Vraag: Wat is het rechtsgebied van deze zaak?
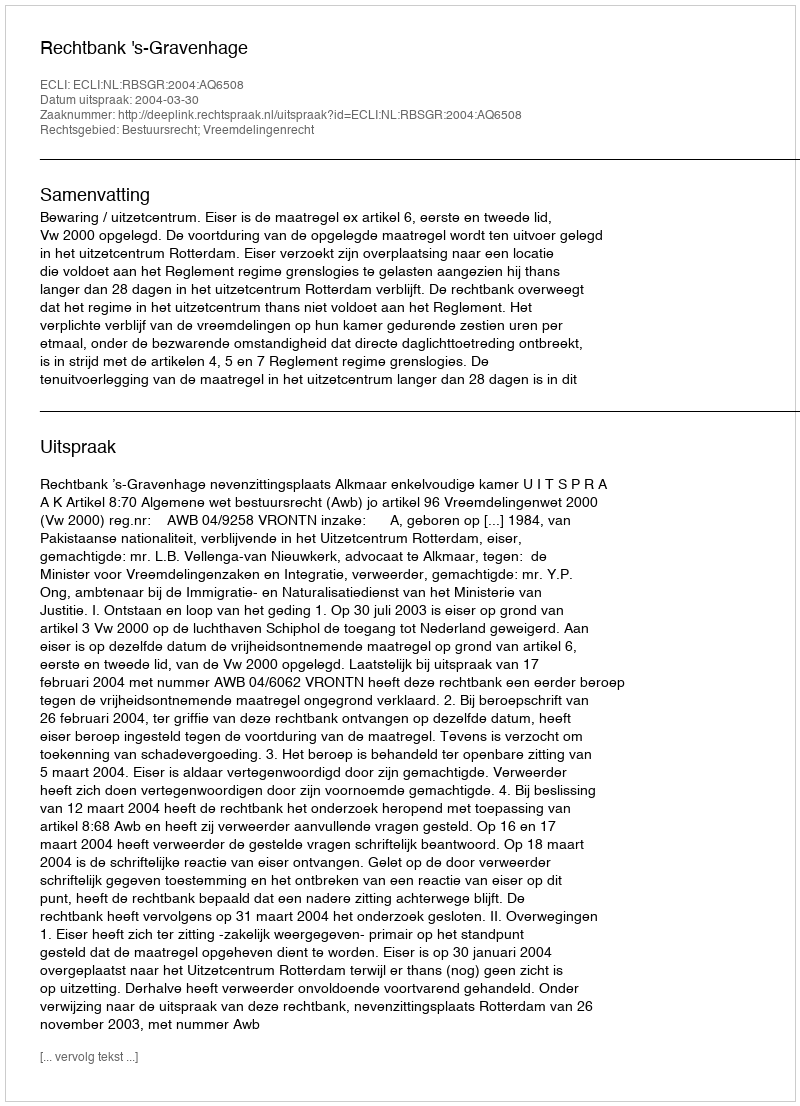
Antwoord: Bestuursrecht; Vreemdelingenrecht